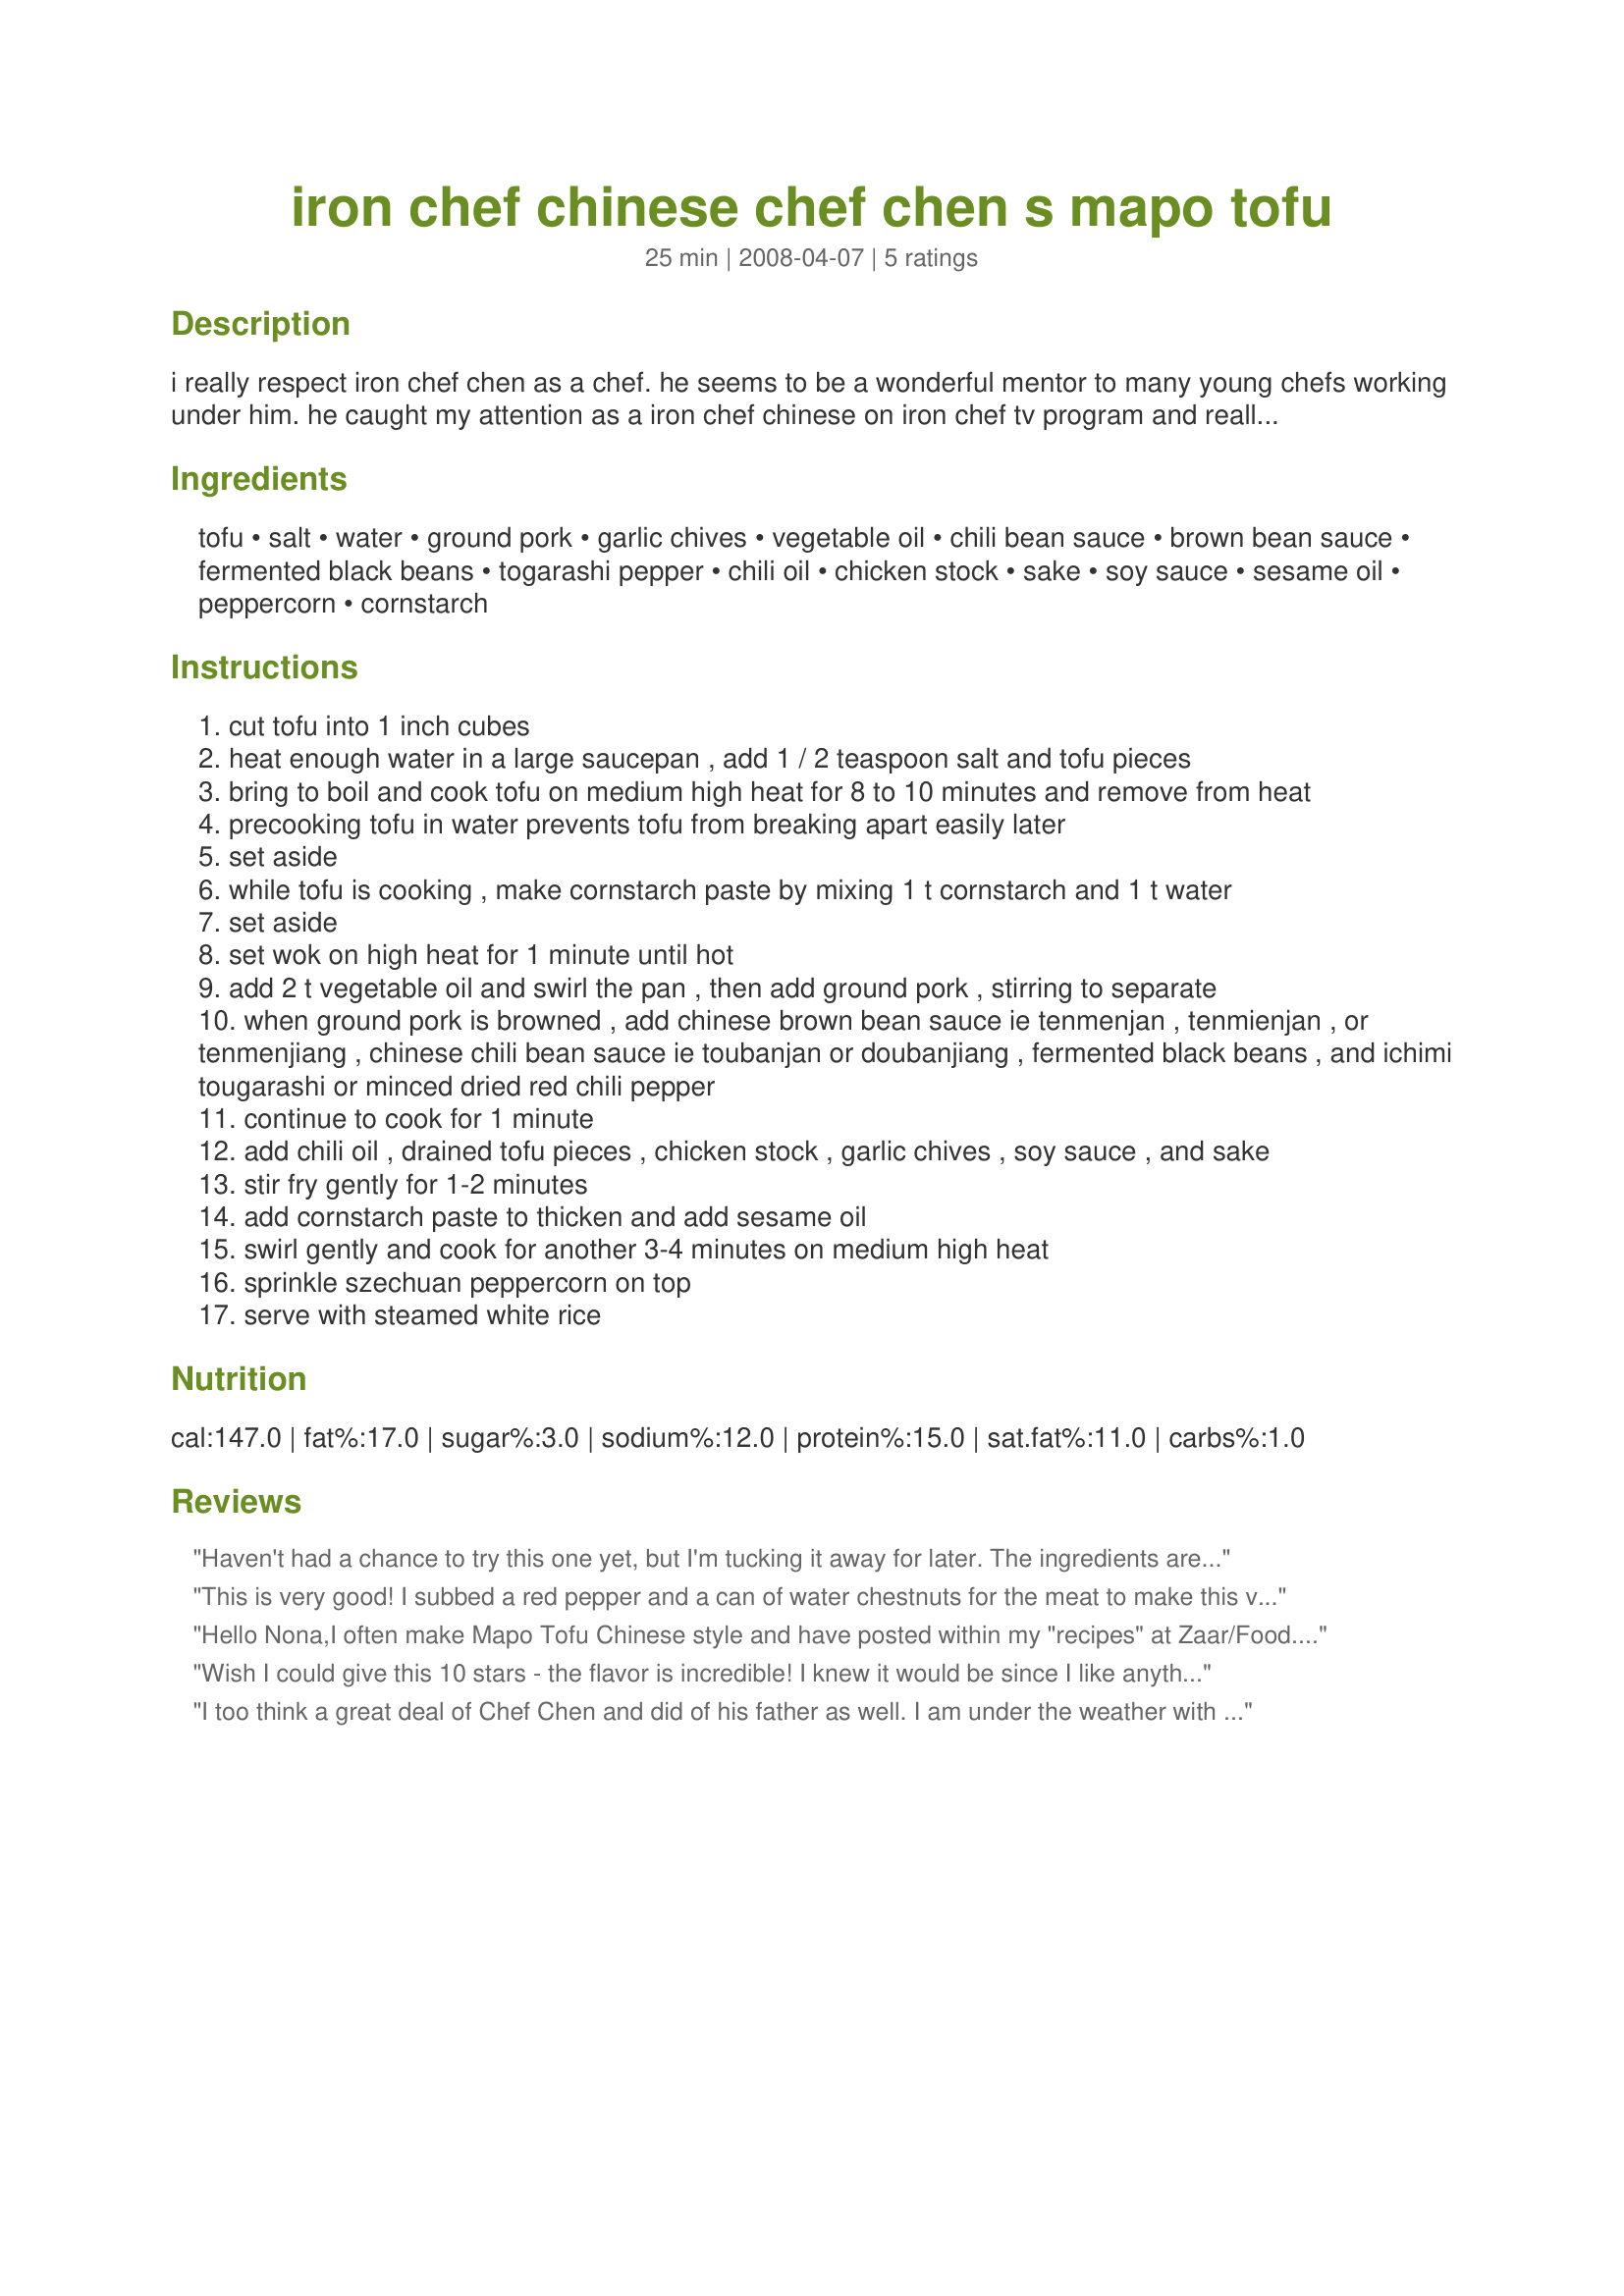
iron chef chinese chef chen s mapo tofu
Preparation time: 25 minutes

i really respect iron chef chen as a chef. he seems to be a wonderful mentor to many young chefs working under him. he caught my attention as a iron chef chinese on iron chef tv program and really enjoyed watching him improvise many recipes. i learned a lot just by watching and copied many of his ideas from the show that i now incorporate into my cooking repertoire. since then, i've looked for his cookbooks and found 4 in japanese language. i love all his recipes, especially his famous mapo tofu or mapo doufu. his dad was a pioneer in introducing szechuwan cooking to japanese and he is known as a father of mapo doufu in japan because he was apparently the first chinese man to cook something so spicy as this dish in japan. it is now very famous in japan and iron chef chen kenichi continues with that tradition at his restaurants in japan. i wish chinese and japanese sauces and other culinary ingredients are known in the west for their proper chinese and japanese names like most indonesian or malasian sauces ie sambal olek etc instead of using generic names such as bean sauce, etc because it can get very confusing using those generic names. for this dish, you need two chinese sauces/pastes http://www.foodsubs.com/condimntasia.html#bean%20sauce. the first one is chinese brown bean sauce/paste aka tenmienjan, tenmenjan, or tenmenjiang - it's made from soy beans and sometimes is called chinese miso type sauce or sweet noodle sauce. it is dark brown in color and has a wonderful dark miso type flavor. the next sauce is chinese chili bean sauce aka toubanjan or doubanjiang - it has soy beans along with hot chilies and is red color. don't use regular hot red chili sauce since it lacks the complexity of soy beans found in hot bean red chili sauce. the other two chinese ingredients you will need for this recipe are fermented black beans (you can usually find these bagged and are ready to use or in bottles) and szechuwan peppercorn. szechuwan pepeprcorn is optional though chef chen does use it. chef chen uses regular tofu (not firm or silken) for his recipe. if you cannot find green garlic chives also known as nira in japanese, i would use combination green onion and garlic. you want the taste of garlic as well as color of green onion for this dish. another item that he uses is japanese chili pepper known as ichimi tougarashi ie crushed or minced red pepper and if you cannot buy this item easily, i would substitute by mincing chinese, japanese, thai, or korean dry red pepper. this is a very, very spicy version of mapo tofu and if you like, cut down on chili pepper and chili oil if you like this recipe milder. however, this dish goes so well with plain steamed white rice that you can eat and eat while your nose is running. i plan to post another of chef chen's milder mapo tofu recipe using hoisin sauce in the future.

Ingredients:
tofu, salt, water, ground pork, garlic chives, vegetable oil, chili bean sauce, brown bean sauce, fermented black beans, togarashi pepper, chili oil, chicken stock, sake, soy sauce, sesame oil, peppercorn, cornstarch

Steps:
cut tofu into 1 inch cubes
heat enough water in a large saucepan , add 1 / 2 teaspoon salt and tofu pieces
bring to boil and cook tofu on medium high heat for 8 to 10 minutes and remove from heat
precooking tofu in water prevents tofu from breaking apart easily later
set aside
while tofu is cooking , make cornstarch paste by mixing 1 t cornstarch and 1 t water
set aside
set wok on high heat for 1 minute until hot
add 2 t vegetable oil and swirl the pan , then add ground pork , stirring to separate
when ground pork is browned , add chinese brown bean sauce ie tenmenjan , tenmienjan , or tenmenjiang , chinese chili bean sauce ie toubanjan or doubanjiang , fermented black beans , and ichimi tougarashi or minced dried red chili pepper
continue to cook for 1 minute
add chili oil , drained tofu pieces , chicken stock , garlic chives , soy sauce , and sake
stir fry gently for 1-2 minutes
add cornstarch paste to thicken and add sesame oil
swirl gently and cook for another 3-4 minutes on medium high heat
sprinkle szechuan peppercorn on top
serve with steamed white rice

Reviews:
Haven't had a chance to try this one yet, but I'm tucking it away for later. The ingredients are authentic, and the picture looks just like mapo doufu ought to look. I'm sure this one is going to be a keeper.
This is very good! I subbed a red pepper and a can of water chestnuts for the meat to make this vegetarian. I also used half the oil, less chili, and used more brown bean sauce in lieu of the black beans, as I don't care for them. It had more sauce than the last ma po tofu dish I made, so I liked that. I used a final simmering time of 2 minutes, and the sauce was generous, but the two of us ate almost all of this with brown rice, so feeding 6 might be if you are making this along with other dishes. The flavor of the brown bean in this sauce make this a yummy dish!
Hello Nona,<br/><br/>I often make Mapo Tofu Chinese style and have posted within my "recipes" at Zaar/Food.com my version of this dish. However, I learned a few things by making your recipe; like pre-cooking the tofu in salt water, so it will not break apart easily. I also have to say that I did not follow this recipe exactly (sorry to say, but it has to be a 5 star one) and used ingredients which I already had on hand. I used ground chicken, Sichuan Spicy Noodle Sauce (fermented soybeans, chili), chili paste with garlic, added some garlic cloves, spring scallions, fermented black beans (more then the recipe called for)...and Harveys Bristol Cream. The spicy flavors and taste was excellent and surely was a 5 star meal ! Finally, if you are looking for a Mapo Tofu which is a nice combination of Japanese-Chinese flavors, make sure you follow the ingredients listed... for a great recipe! <br/>P.S. I liked this recipe so much that I made it again the next day and also added some shrimps to the dish!
Wish I could give this 10 stars - the flavor is incredible! I knew it would be since I like anything with fermented black beans, but it's extra good combined with the garlic chives, chilis and two bean sauces. The spicy flavor, combined with the small amount of meat, flavors the tofu perfectly and will convert people who aren't huge tofu fans to love it. I followed the recipe exactly except substituting peanut oil for the vegetable oil. I was excited to learn the technique of cooking the tofu in water first, which worked great! Our only wish was that we had more sauce. To serve six people with rice, I'd try doubling the sauce ingredients and also reducing the final cooking time to 2-3 minutes. This dish is very special as we used garlic chives planted and grown by my next door neighbor Peter who passed away on June 29. He was the executive chef of the Buena Vista Hotel and always the most generous person, giving us delicious food and sharing herbs from his garden. He was an extraordinary person and this is an extraordinary dish - do try it!
I too think a great deal of Chef Chen and did of his father as well. I am under the weather with a sinus infection and always go for this or Thai when I am ill. This is a fiercely fiery dish but addictive and always just what the doctor ordered! I love this recipe and I swear I recover more quickly. Thanks for posting; nice to see this here!!
